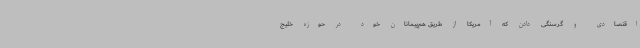
اقتصادی و گرسنگی دادن که آمریکا از طریق هم‌پیمانان خود در حوزه خلیج